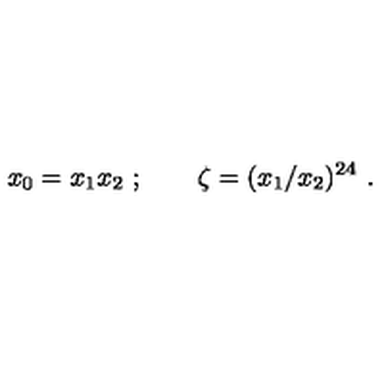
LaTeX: x _ { 0 } = x _ { 1 } x _ { 2 } \ ; \qquad \zeta = ( x _ { 1 } / x _ { 2 } ) ^ { 2 4 } \ .